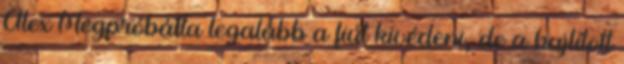
Alex Megpróbálta legalább a fiút kivédeni, de a hajlított